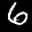
Label: 6